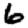
Digit: 6